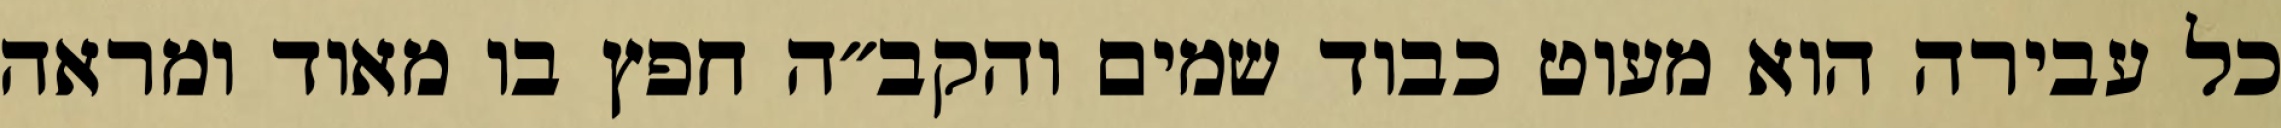
כל עבירה הוא מעוט כבוד שמים והקב״ה חפץ בו מאוד ומראה